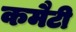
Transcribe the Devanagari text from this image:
कमैटी